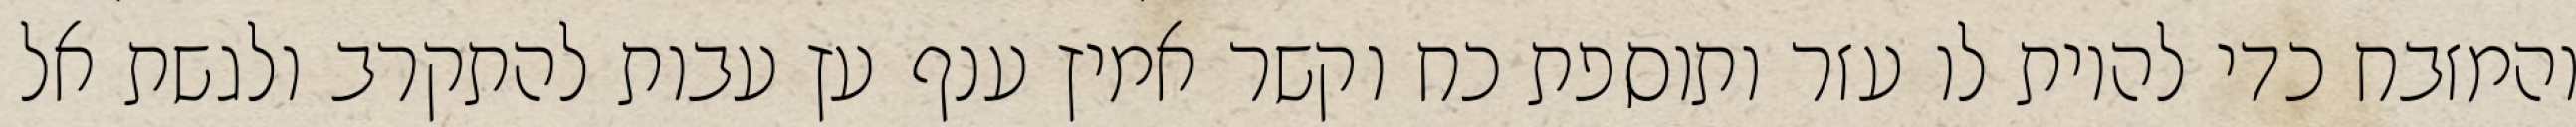
והמזבח כדי להיות לו עזר ותוספת כח וקשר אמיץ ענף עץ עבות להתקרב ולגשת אל